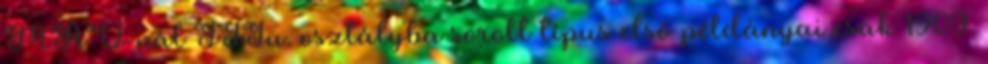
MÁV-nál IIIu. osztályba sorolt típus első példányai csak 1909.